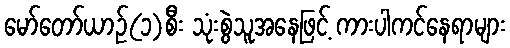
မော်တော်ယာဉ်(၁)စီး သုံးစွဲသူအနေဖြင့် ကားပါကင်နေရာများ